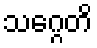
သဂ္ဂေတိ